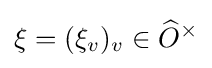
\xi =(\xi _{v})_{v}\in {\widehat {O}}^{\times }